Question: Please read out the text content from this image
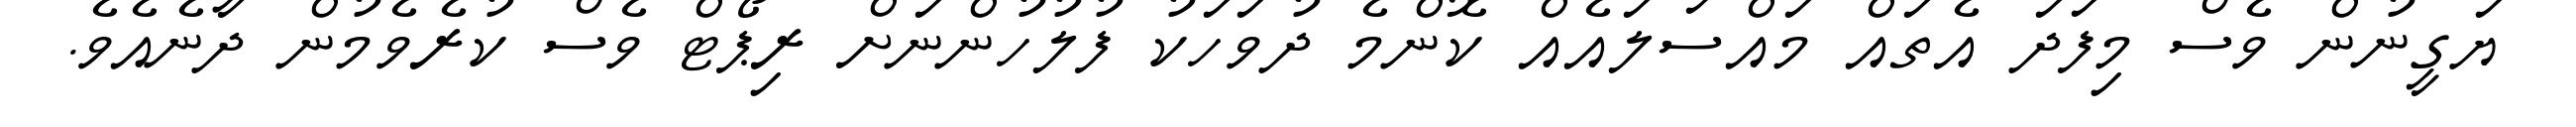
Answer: ޔަގީނުން ވެސް މިފަދަ އެތައް މައްސަލައެއް ކޮންމެ ދުވަހަކު ފުލުހުންނަށް ރިޕޯޓް ވެސް ކުރެވެމުން ދާނެއެވެ.